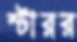
স্টারর